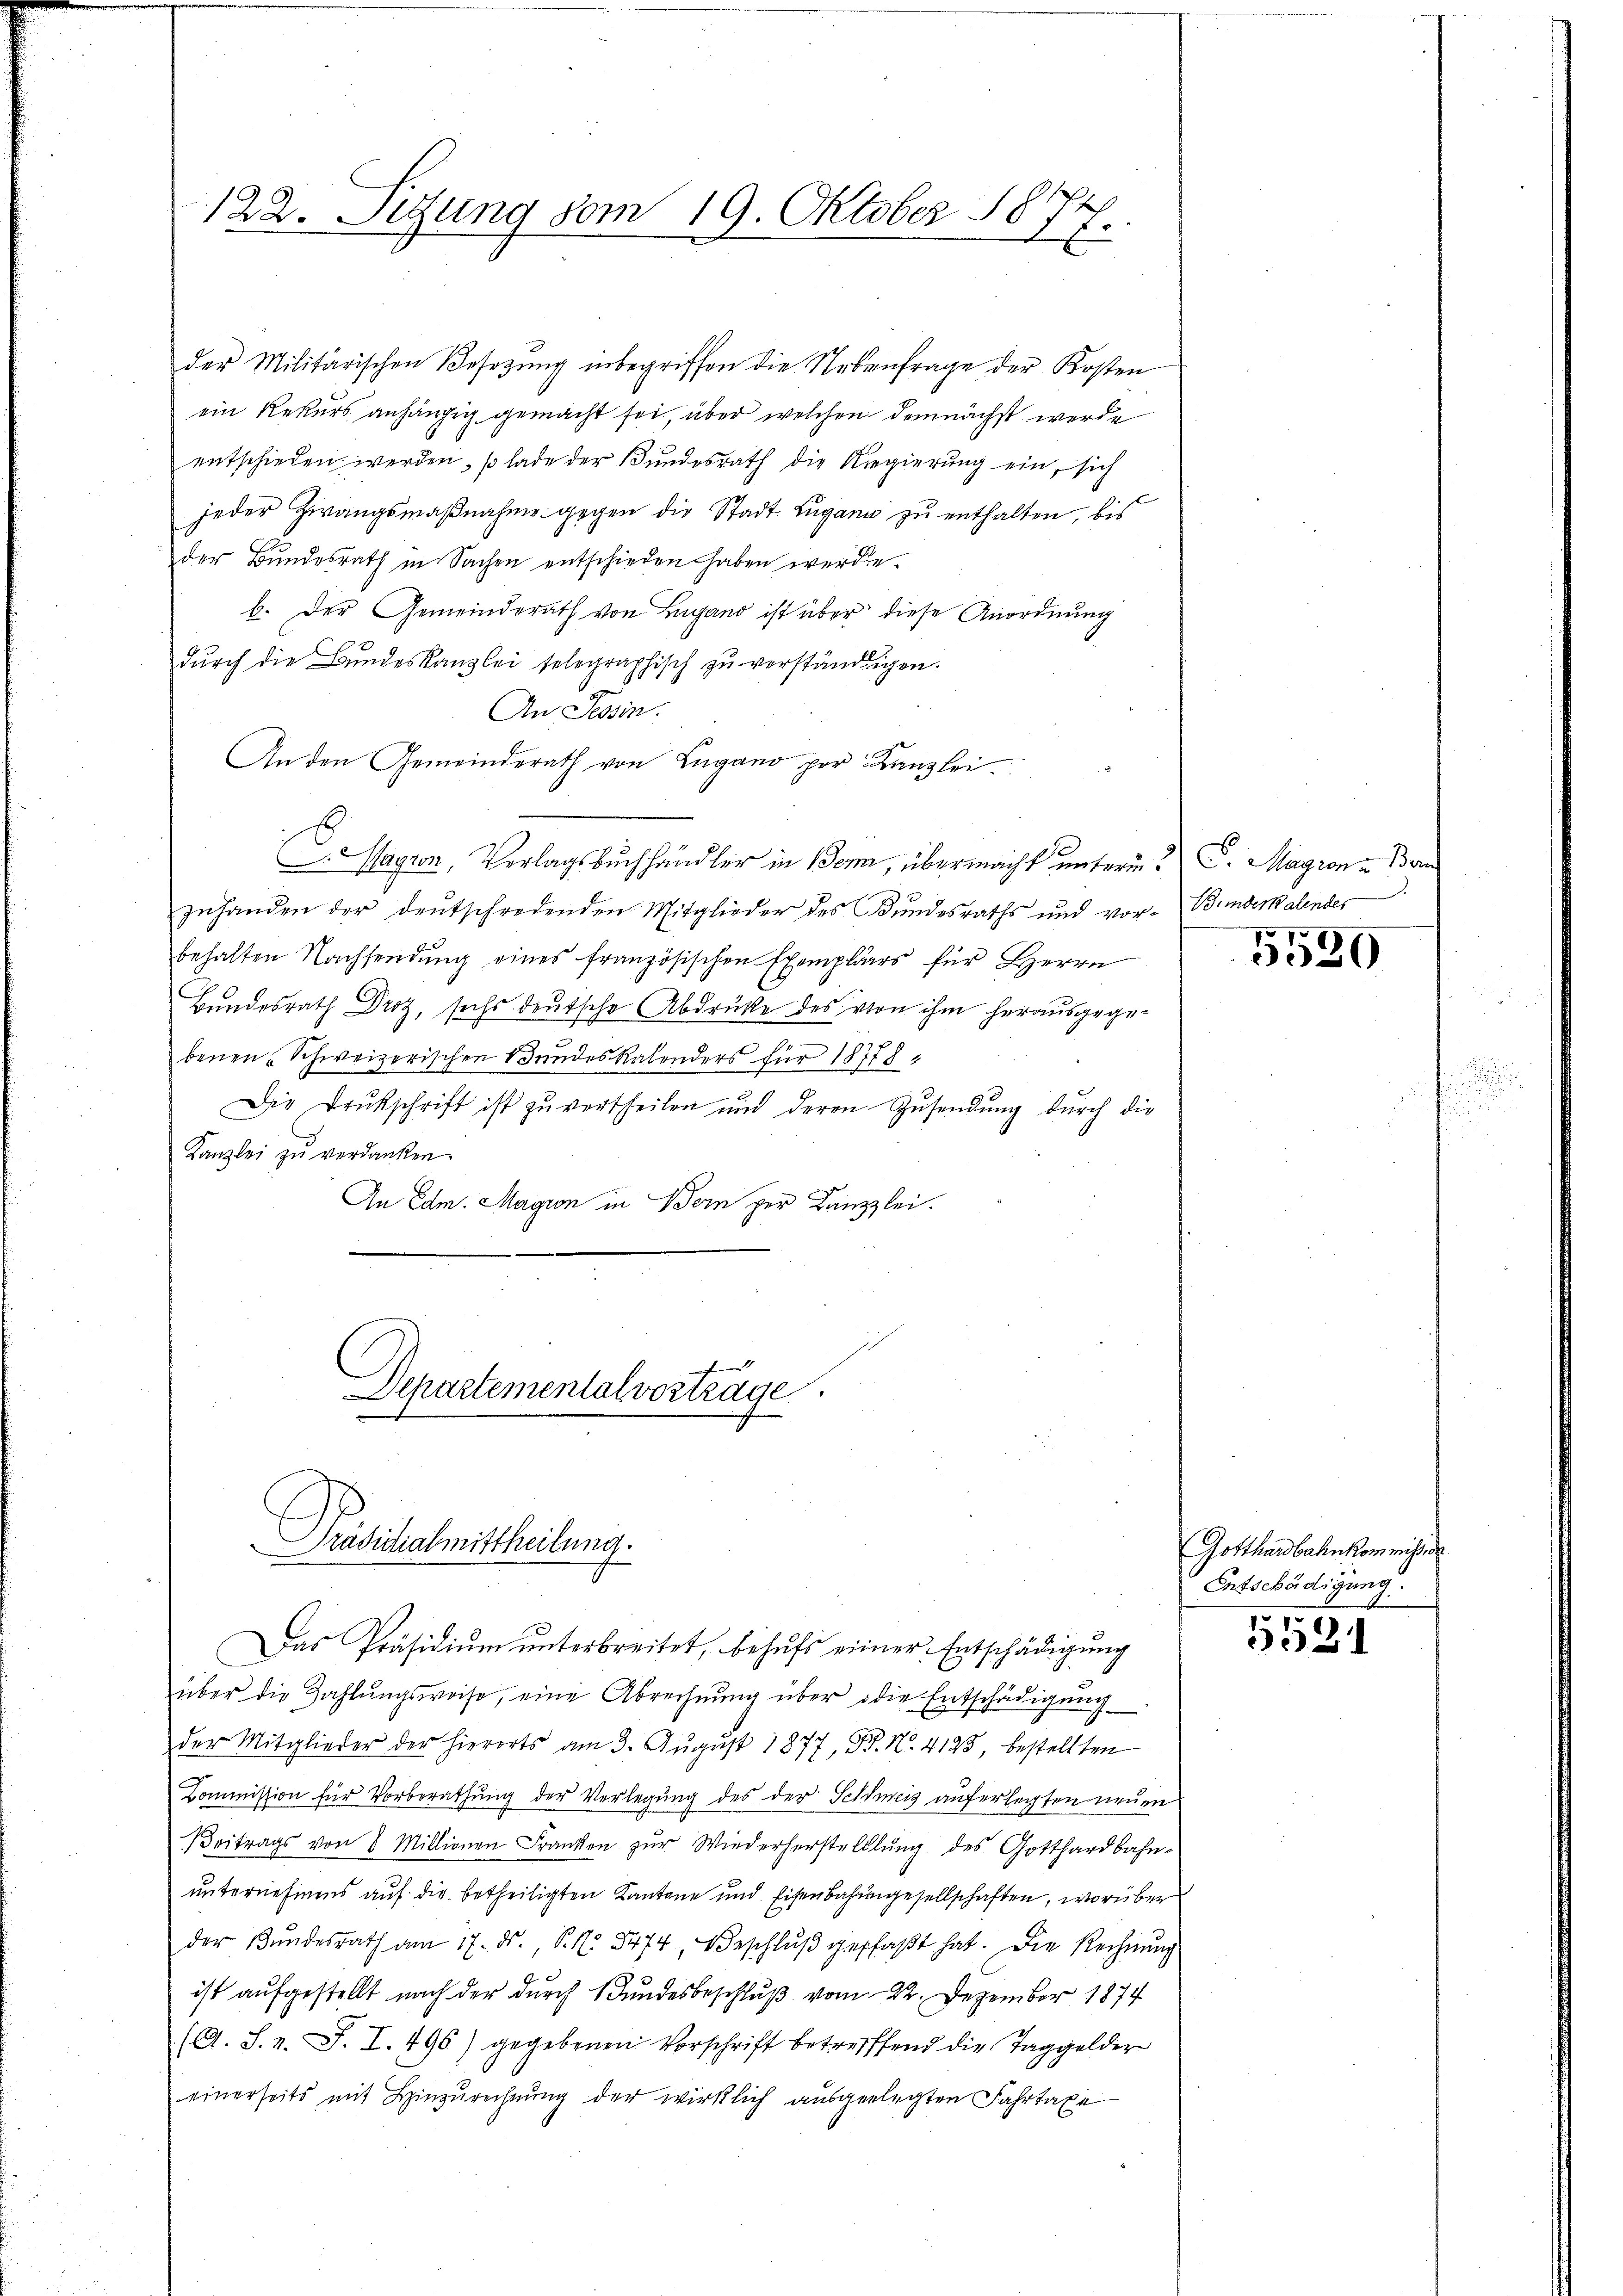
122. Sitzung vom 19. Oktober 1874.

der Militärischen Besetzung inbegriffen die Nebenfrage der Kosten
ein Rekurs anhängig gemacht sei, über welchen demnächst werde
entschieden werden, so lade der Bŭndesrath die Regierŭng ein, sich
jeder Zwangsmaßnahme gegen die Stadt Lugano zu enthalten, bis
der Bundesrath in Sachen entschieden haben werde.
b. Der Gemeinderath von Lugand ist über diese Anordnung
durch die Bundeskanzlei telegraphisch zu verständigen.
An Tessin.
An den Gemeinderath von Lugano per Kanzlei
Nagion, Verlagsbuchhändler in Bonn, übermacht unterm 2 S. Magion u. Ban
zuhanden der deutschredenden Mitglieder des Bundesraths und vor- Bunderkalendes
behalten Nachsendŭng eines französischen Exemplars für Herrn
Bundesrath Droz, sechs deutsche Abdruke des von ihm herausgegebenen Schweizerischen Bundes Kalonders für 18778,
Die Drukschrift ist zŭ vertheilen und deren Zusendŭng durch die
Kanzlei zŭ verdanken.
An Edm. Magion in Bern per Kanzlei.
A
Departemental vorträge.
Präsidialmittheilung.
Das Präsidiŭm unterbreitet, behufs einer Entschädigung
über die Zahlŭngsweise, eine Abrechnŭng über die Entschädigŭng
der Mitglieder der hierorts am 3. Aŭgŭst 1877, N. N. 4123, bestellten
Kommission für Vorberathŭng der Verlegung des der Schweiz auferlegten neuen
βeitrags von 8 Millionen Franken zŭr Wiederherstelllŭng des Gotthardbahn-
unternehmens auf die betheiligten Kantone und Eisenbahngesellschaften, worüber
der Bŭndesrath am 17. ds., S. N. 3474, Beschlŭβ gepfaβt hat. Die Rechnŭng
ist aufgestellt nach der durch Bundesbeschluß vom 22. Dezember 1874
(A. S. v. J. I. 496) gegebenen Vorschrift betreffend die Taggelder
einerseits mit Hinzurechnung der wirklich ausgelegten Fahrtaxe

5520

Gotthardbahnkom nicht, de
Entschädigung.

5531